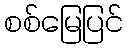
စစ်မြေပြင်